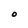
Character: O